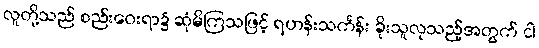
လူတို့သည် စည်းဝေးရာ၌ ဆုံမိကြသဖြင့် ရဟန်းသင်္ကန်း ခိုးသူလုသည့်အတွက် ငါ